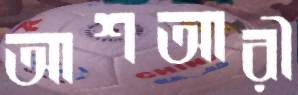
আশআরী